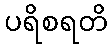
ပရိစရတိ